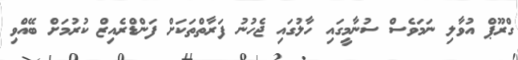
ގްރޫޕް އުވާލި ނަމަވެސް ސުނާމީގައި ހާލުގައި ޖެހުނު ފަރާތްތަކަށް ފަންޑްރެއިޒް ކުރުމަށް ބޭއްވި